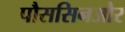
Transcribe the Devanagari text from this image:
पौससिनऔर